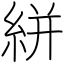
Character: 絣